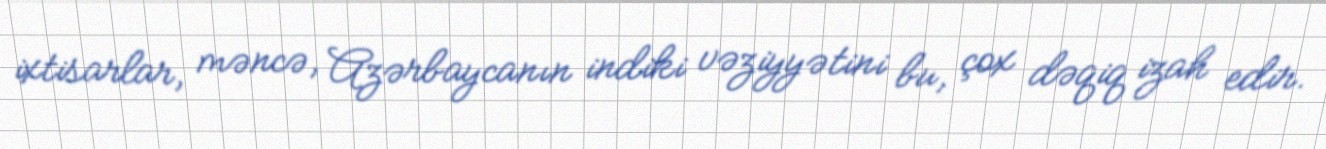
ixtisarlar, məncə, Azərbaycanın indiki vəziyyətini bu, çox dəqiq izah edir.